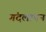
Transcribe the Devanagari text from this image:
गंदलापन